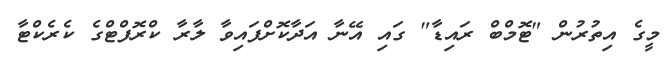
މީގެ އިތުރުން "ޓޮމްބް ރައިޑާ" ގައި އޭނާ އަދާކޮށްފައިވާ ލާރާ ކްރޮފްޓްގެ ކެރެކްޓާ